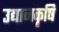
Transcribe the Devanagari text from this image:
उद्यानकृषि